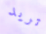
تريد